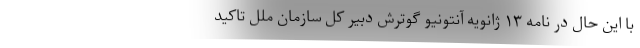
با این حال در نامه ۱۳ ژانویه آنتونیو گوترش دبیر کل سازمان ملل تاکید